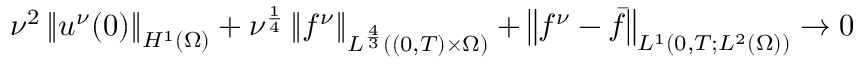
\nu ^ { 2 } \left\lVert u ^ { \nu } ( 0 ) \right\rVert _ { H ^ { 1 } ( \Omega ) } + \nu ^ { \frac 1 4 } \left\lVert f ^ { \nu } \right\rVert _ { L ^ { \frac 4 3 } ( ( 0 , T ) \times \Omega ) } + \left\lVert f ^ { \nu } - \bar { f } \right\rVert _ { L ^ { 1 } ( 0 , T ; L ^ { 2 } ( \Omega ) ) } \to 0